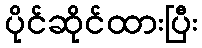
ပိုင်ဆိုင်ထားပြီး